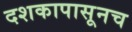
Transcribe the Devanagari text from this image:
दशकापासूनच